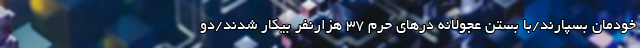
خودمان بسپارند/با بستن عجولانه درهای حرم 37 هزارنفر بیکار شدند/دو